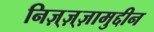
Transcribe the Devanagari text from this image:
निज़्ज़्ज़ामुद्दीन